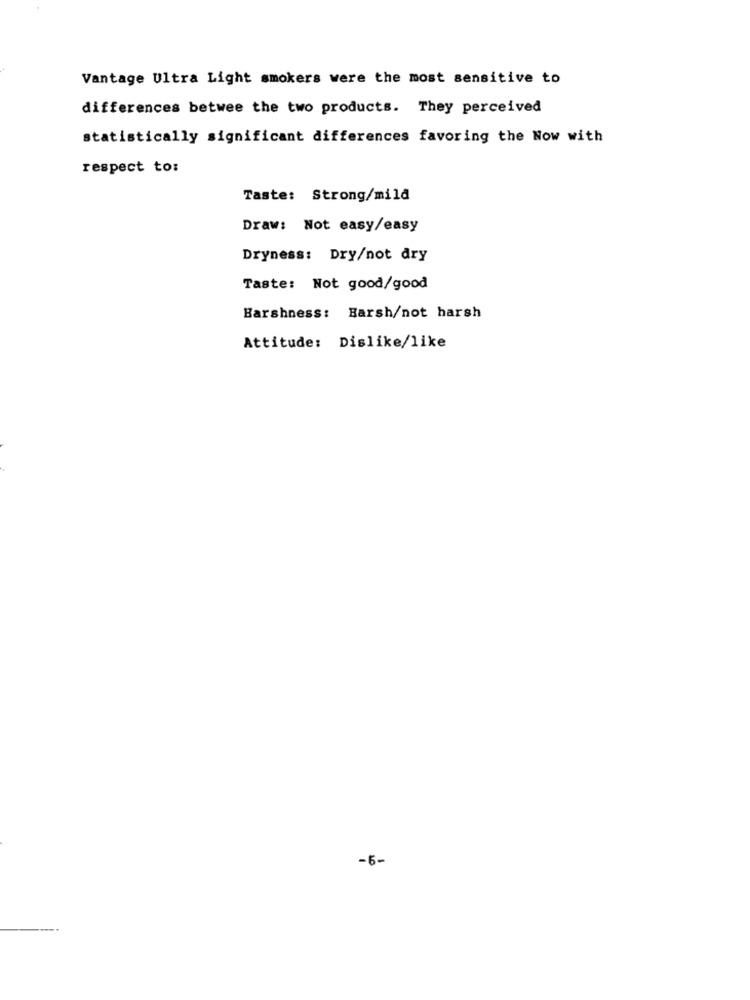
Vantage Ultra Light smokers were the most sensitive to
differences betwee the two products. They perceived
statistically significant differences favoring the Now with
respect to:
Taste: Strong/mild
Draw: Not easy/easy
Dryness: Dry/not dry
Taste: Not good/good
Harshness: Harsh/not harsh
Attitude: Dislike/like
-5-